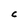
Character: C